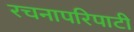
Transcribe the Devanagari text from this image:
रचनापरिपाटी